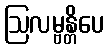
ဩလမ္ဗန္တိပေ